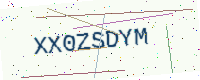
Text: XX0ZSDYM